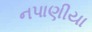
નપાણીયા